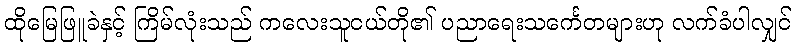
ထိုမြေဖြူခဲနှင့် ကြိမ်လုံးသည် ကလေးသူငယ်တို၏ ပညာရေးသင်္ကေတများဟု လက်ခံပါလျှင်